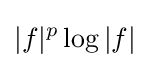
|f|^{p}\log |f|